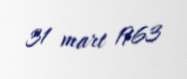
31 mart 1963